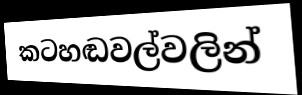
කටහඬවල්වලින්